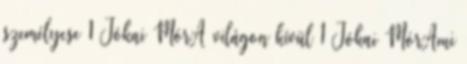
személycse 1 Jókai MórA világon kívül 1 Jókai MórAmi